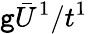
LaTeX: \mathtt{g}\bar{{U}}^{1}/t^{1}